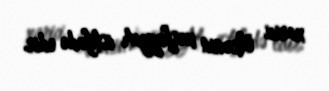
xarici ölkənin kəşfiyyatı istifadə edir.